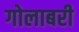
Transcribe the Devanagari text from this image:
गोलाबरी